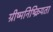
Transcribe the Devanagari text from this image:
ग्रीष्मनिष्क्रियता